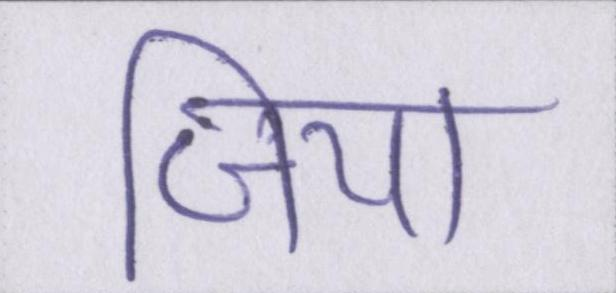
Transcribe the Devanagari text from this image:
जिया